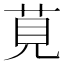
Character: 莧